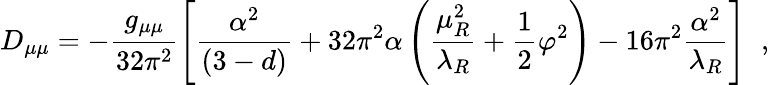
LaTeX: D_{\mu\mu}=-\frac{g_{\mu\mu}}{32\pi^{2}}\left[\frac{\alpha^{2}}{(3-d)}+32\pi^{2}\alpha\left(\frac{\mu_{R}^{2}}{\lambda_{R}}+\frac{1}{2}\varphi^{2}\right)-16\pi^{2}\frac{\alpha^{2}}{\lambda_{R}}\right]\; \; ,